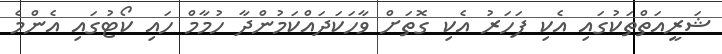
ޝަރީއަތްތަކުގައި އެކި ފަހަރު އެކި ގޮތަށް ވާހަކަދައްކަމުންދާ ހުމާމް ހައި ކޯޓުގައި އެންމެ